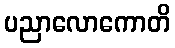
ပညာလောကောတိ